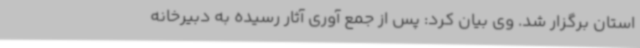
استان برگزار شد. وی بیان کرد: پس از جمع آوری آثار رسیده به دبیرخانه